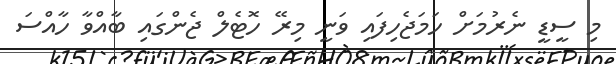
މި ސީޑީ ނެރުމަށް ހަމަޖެހިފައި ވަނީ މިރޭ ހޮޓެލް ޖެންގައި ބާއްވާ ހާއްސަ